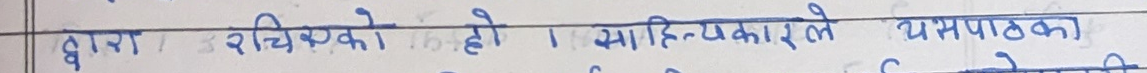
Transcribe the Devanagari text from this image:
द्वारा रचिएको हो । साहित्यकारले यसपाटका